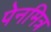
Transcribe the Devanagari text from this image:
पेनमित्र